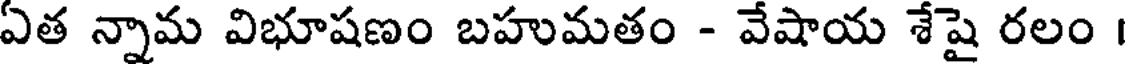
ఏత న్నామ విభూషణం బహుమతం - వేషాయ శేషై రలం